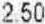
2.50